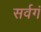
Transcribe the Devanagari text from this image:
सर्वगं